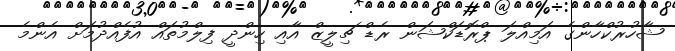
ޝާހުރުކްހާންގެ އަމިއްލަ ޕްރޮޑަކްޝަން ރެޑް ޗިލީޒް އާއި ހިންދީ ފިލްމުތައް އުފެއްދުމަށް އެންމެ